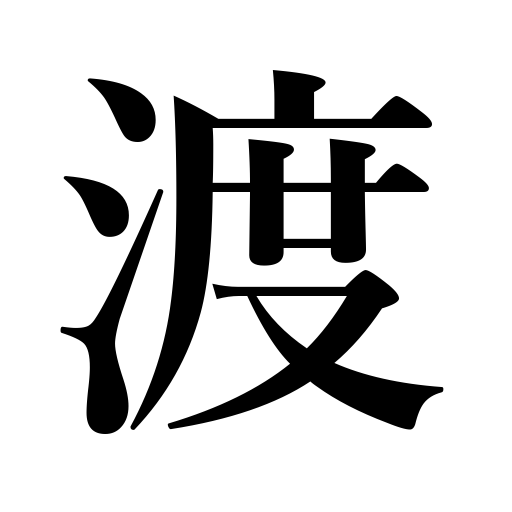
Meanings: bridge,bring over,ford,ferry,deliver,change hands,lay across,deal cards,pay wages,transfer a business,sweep across,ferry over,cross,make one's way through life,hand over,stretch something across,be imported,migrate,be provided,carry across